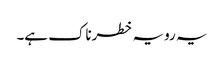
یہ رویہ خطرناک ہے۔